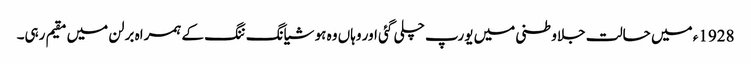
1928ء میں حالت جلاوطنی میں یورپ چلی گئی اور وہاں وہ ہو شیانگ ننگ کے ہمراہ برلن میں مقیم رہی۔